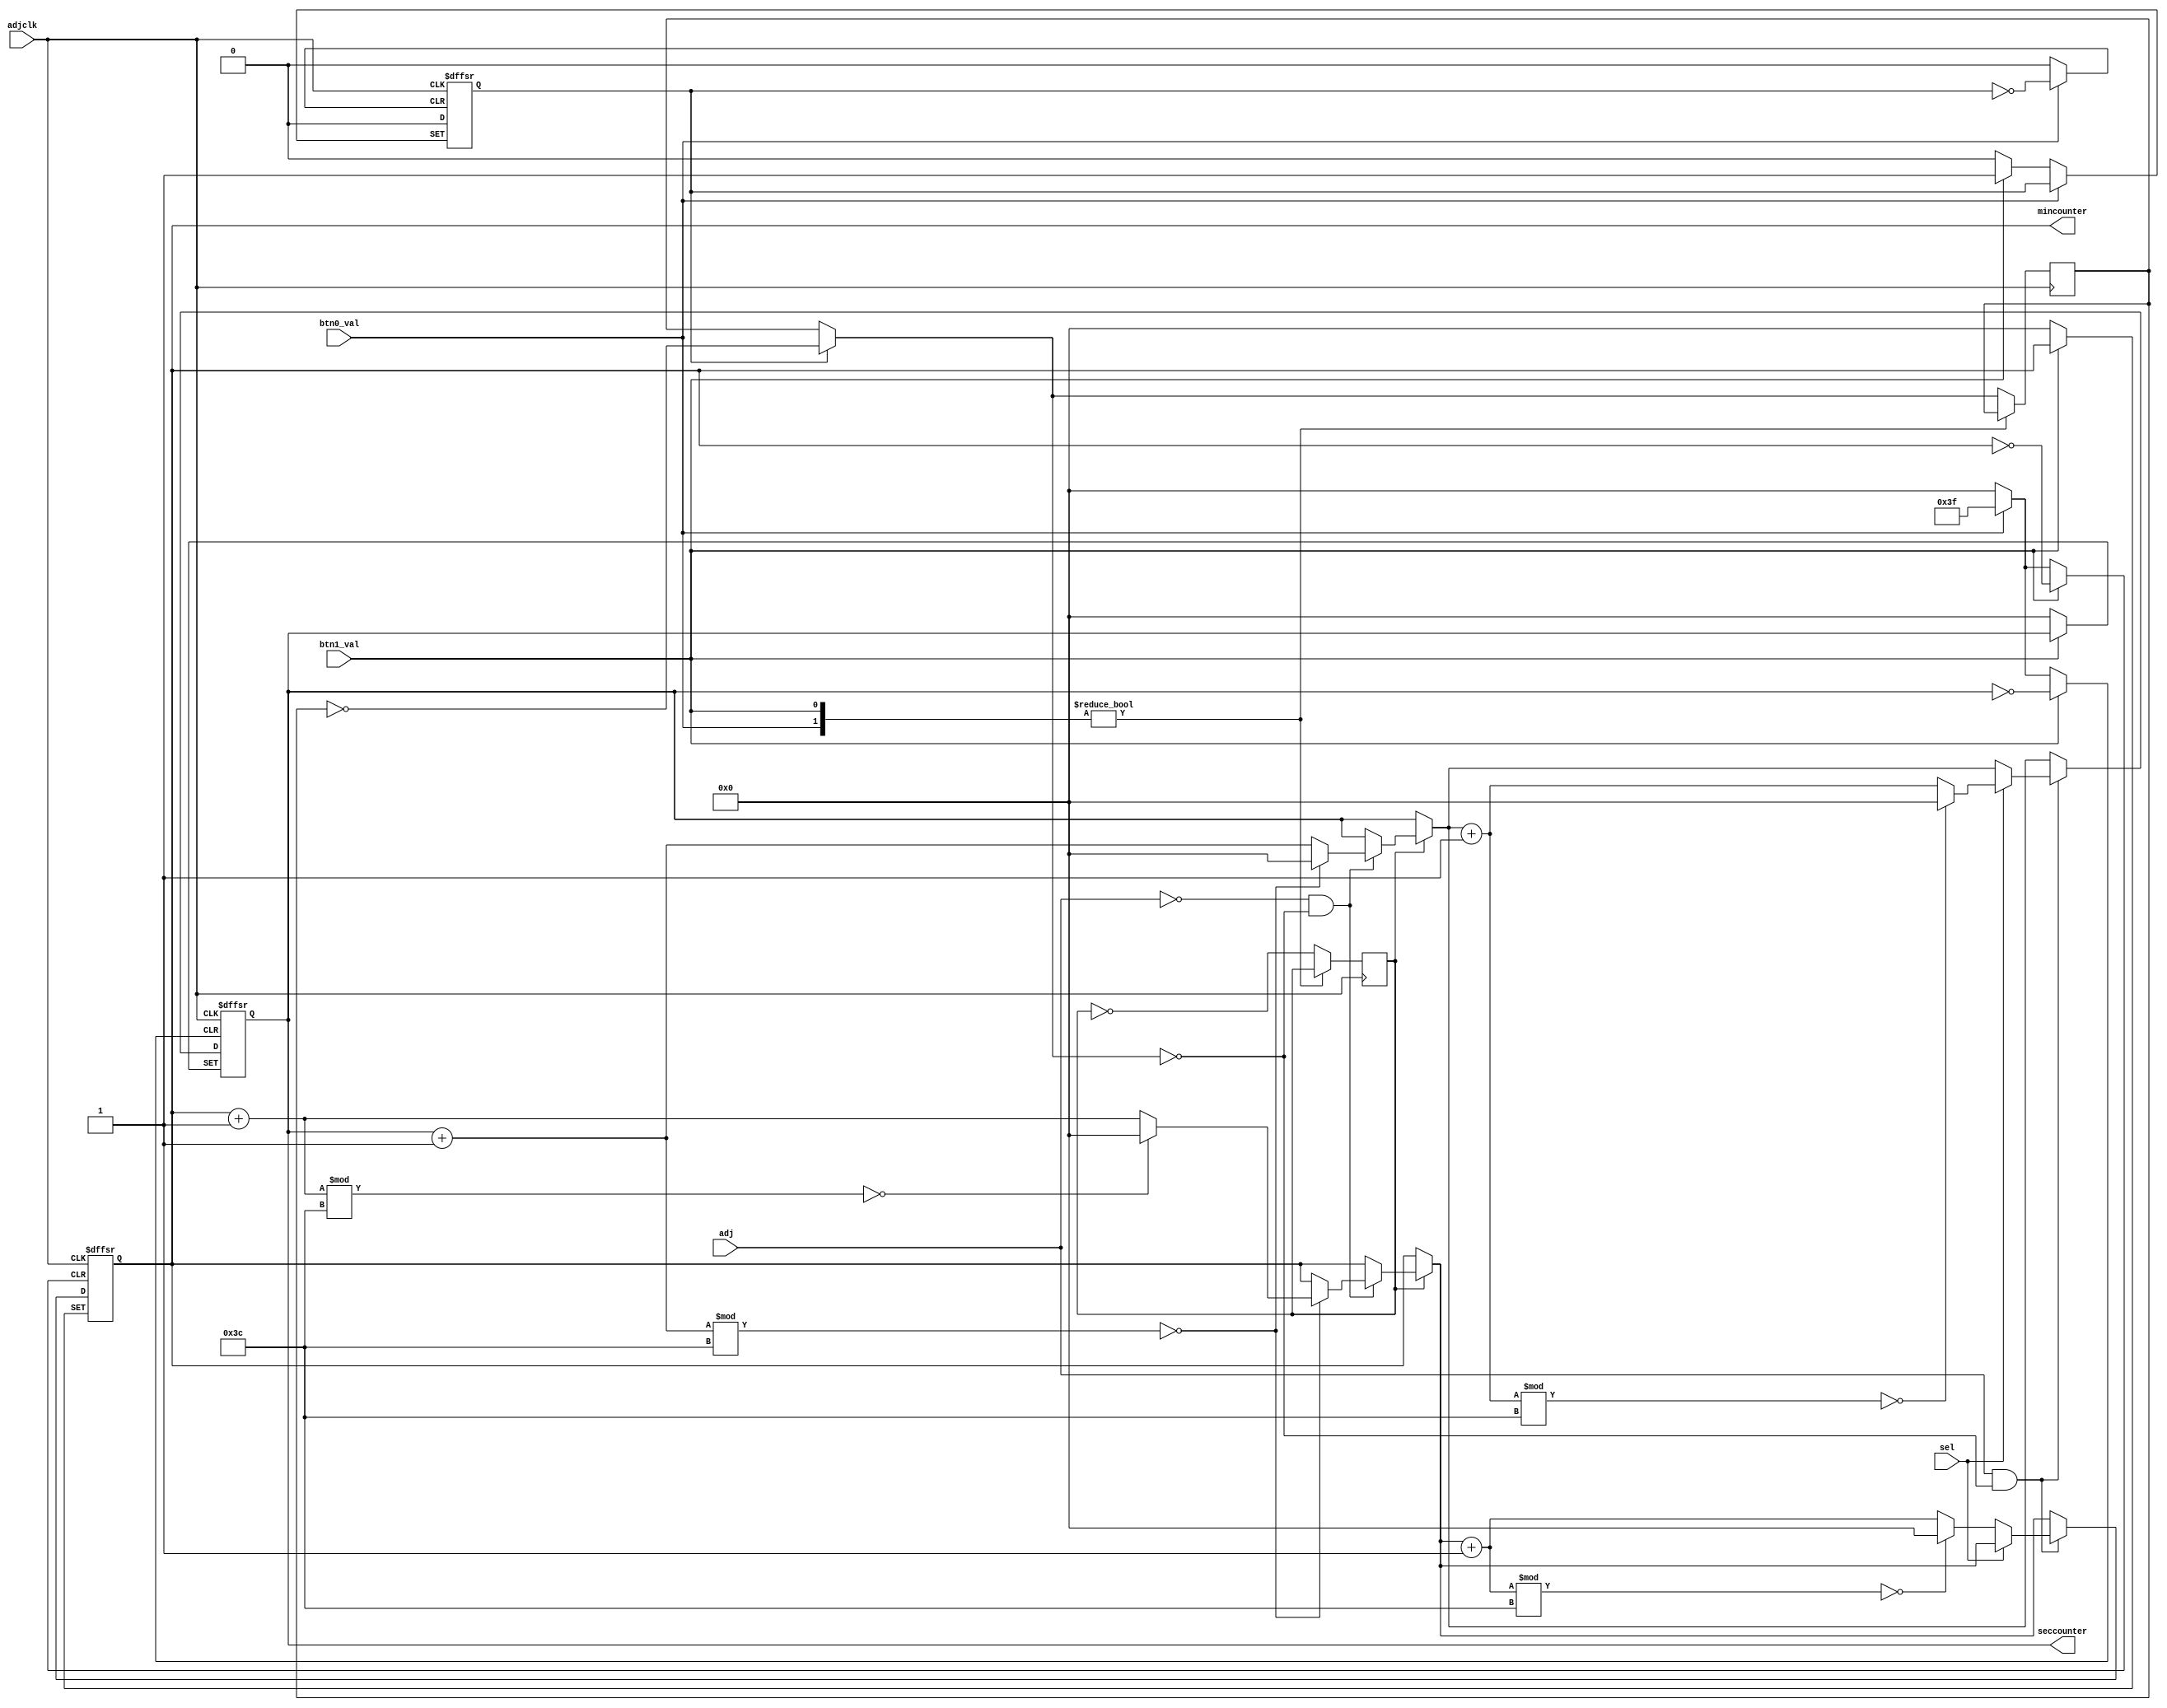
`timescale 1ns / 1ps
//////////////////////////////////////////////////////////////////////////////////
// Company: 
// Engineer: 
// 
// Design Name: 
// Module Name:    counter 
// Project Name: 
// Target Devices: 
// Tool versions: 
// Description: 
//
// Dependencies: 
//
// Revision: 
// Revision 0.01 - File Created
// Additional Comments: 
//
//////////////////////////////////////////////////////////////////////////////////
module counter(
adjclk,
mincounter,
seccounter,
sel,
adj,
btn0_val,
btn1_val
    );
output reg [5:0] mincounter;
output reg [5:0] seccounter;
input adjclk;
input adj;
input sel;
input btn0_val; //reset
input btn1_val; //pause
reg cycle;
reg pendingReset;
reg pausedState;
reg pendingPause;
initial
begin
	mincounter = 0;
	seccounter = 0;
    cycle = 0;
    pausedState = 0;
    pendingPause = 0;
end
/*
always @(posedge btn0_val)
begin
	mincounter <= 0;
	seccounter <= 0;
end*/


always @(posedge adjclk or posedge btn0_val or posedge btn1_val)
begin
    if (btn0_val == 1)
    begin
        mincounter = 0;
        seccounter = 0;
    end
    else if (btn1_val == 1)
    begin
        pendingPause = 1;
    end
    else
    begin
    if (pendingPause == 1)
        begin
            pausedState = ~pausedState;
            pendingPause = 0;
        end
    cycle = ~cycle;
    if (cycle == 0)
    begin
        
        if (adj == 0 && pausedState == 0)
        begin
            seccounter = seccounter + 1;
            if (seccounter % 60 == 0)
            begin
                seccounter = 0;
                mincounter = mincounter + 1;
                if (mincounter % 60 == 0)
                begin
                    mincounter = 0;
                end
            end
        end
	end
    
	if (adj == 1 && pausedState == 0)
	begin
		if (sel == 1)
		begin
			seccounter = seccounter + 1;
			if (seccounter % 60 == 0)
			begin
				seccounter = 0;
			end
		end
		else
		begin
			mincounter = mincounter + 1;
            if (mincounter % 60 == 0)
            begin
                mincounter = 0;
            end
		end
	end
    end
end


endmodule